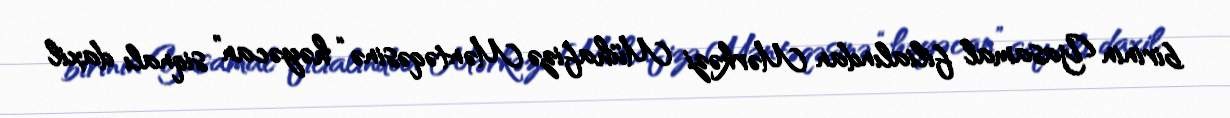
birinin Yasamal filialından Mərkəzi Mühafizə Məntəqəsinə “həyəcan” siqnalı daxil